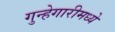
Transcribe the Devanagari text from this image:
गुन्हेगारीमध्ये